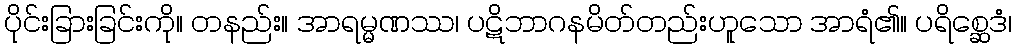
ပိုင်းခြားခြင်းကို။ တနည်း။ အာရမ္မဏဿ၊ ပဋိဘာဂနမိတ်တည်းဟူသော အာရံ၏။ ပရိစ္ဆေဒံ၊